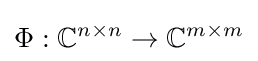
\Phi :\mathbb {C} ^{n\times n}\to \mathbb {C} ^{m\times m}